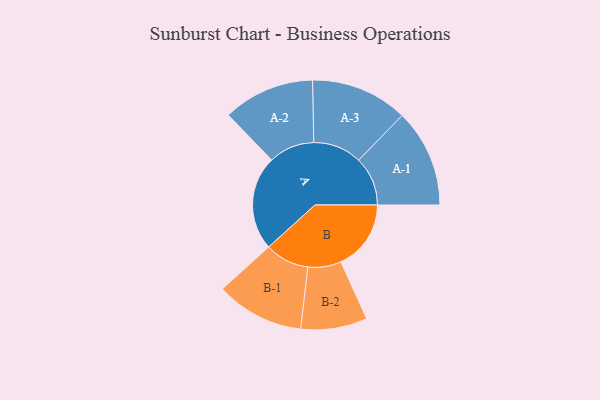
{"axis": {"x": "Segment", "y": "Value"}, "legend": ["", "A", "B"], "data": [{"x": "A", "y": 389, "type": ""}, {"x": "B", "y": 289, "type": ""}, {"x": "A-1", "y": 202, "type": "A"}, {"x": "A-2", "y": 189, "type": "A"}, {"x": "A-3", "y": 200, "type": "A"}, {"x": "B-1", "y": 182, "type": "B"}, {"x": "B-2", "y": 137, "type": "B"}]}